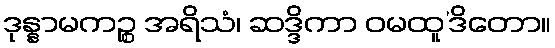
ဒုန္နာမကဉ္စ အရိသံ၊ ဆဒ္ဒိကာ ဝမထူ’ဒိတော။